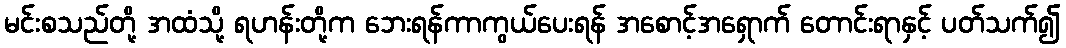
မင်းစသည်တို့ အထံသို့ ရဟန်းတို့က ဘေးရန်ကာကွယ်ပေးရန် အစောင့်အရှောက် တောင်းရာနှင့် ပတ်သက်၍